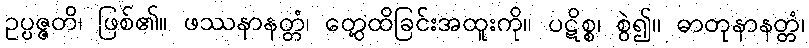
ဥပ္ပဇ္ဇတိ၊ ဖြစ်၏။ ဖဿနာနတ္တံ၊ တွေ့ထိခြင်းအထူးကို။ ပဋိစ္စ၊ စွဲ၍။ ဓာတုနာနတ္တံ၊